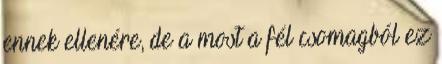
ennek ellenére, de a most a fél csomagból ez